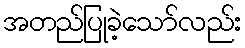
အတည်ပြုခဲ့သော်လည်း